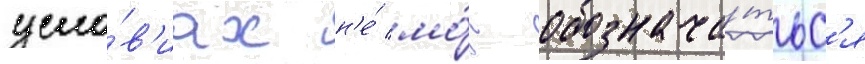
усло́в'иах н'е́ мо́г обознача́тьс'я